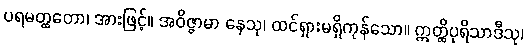
ပရမတ္ထတော၊ အားဖြင့်။ အဝိဇ္ဇာမာ နေသု၊ ထင်ရှားမရှိကုန်သော။ ဣတ္ထိပုရိသာဒီသု၊